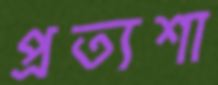
প্রত্যশা